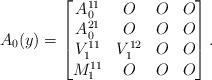
LaTeX: \begin{align*} A_0(y)=\begin{bmatrix} A_0^{11} & O & O & O \\ A_0^{21} & O & O & O \\ V_1^{11} & V_1^{12} & O & O \\ M_1^{11} & O & O & O \end{bmatrix} .\end{align*}